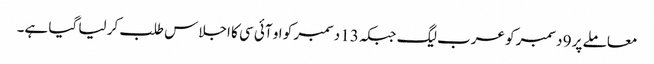
معاملے پر 9 دسمبر کو عرب لیگ جبکہ 13 دسمبر کو او آئی سی کا اجلاس طلب کر لیا گیا ہے۔